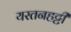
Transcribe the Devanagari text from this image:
यरतनहट्टी